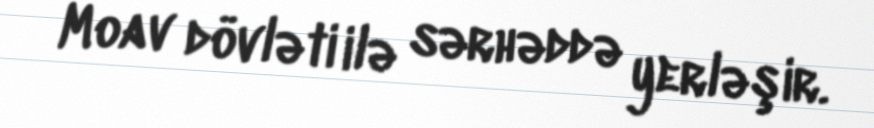
Moav dövləti ilə sərhəddə yerləşir.